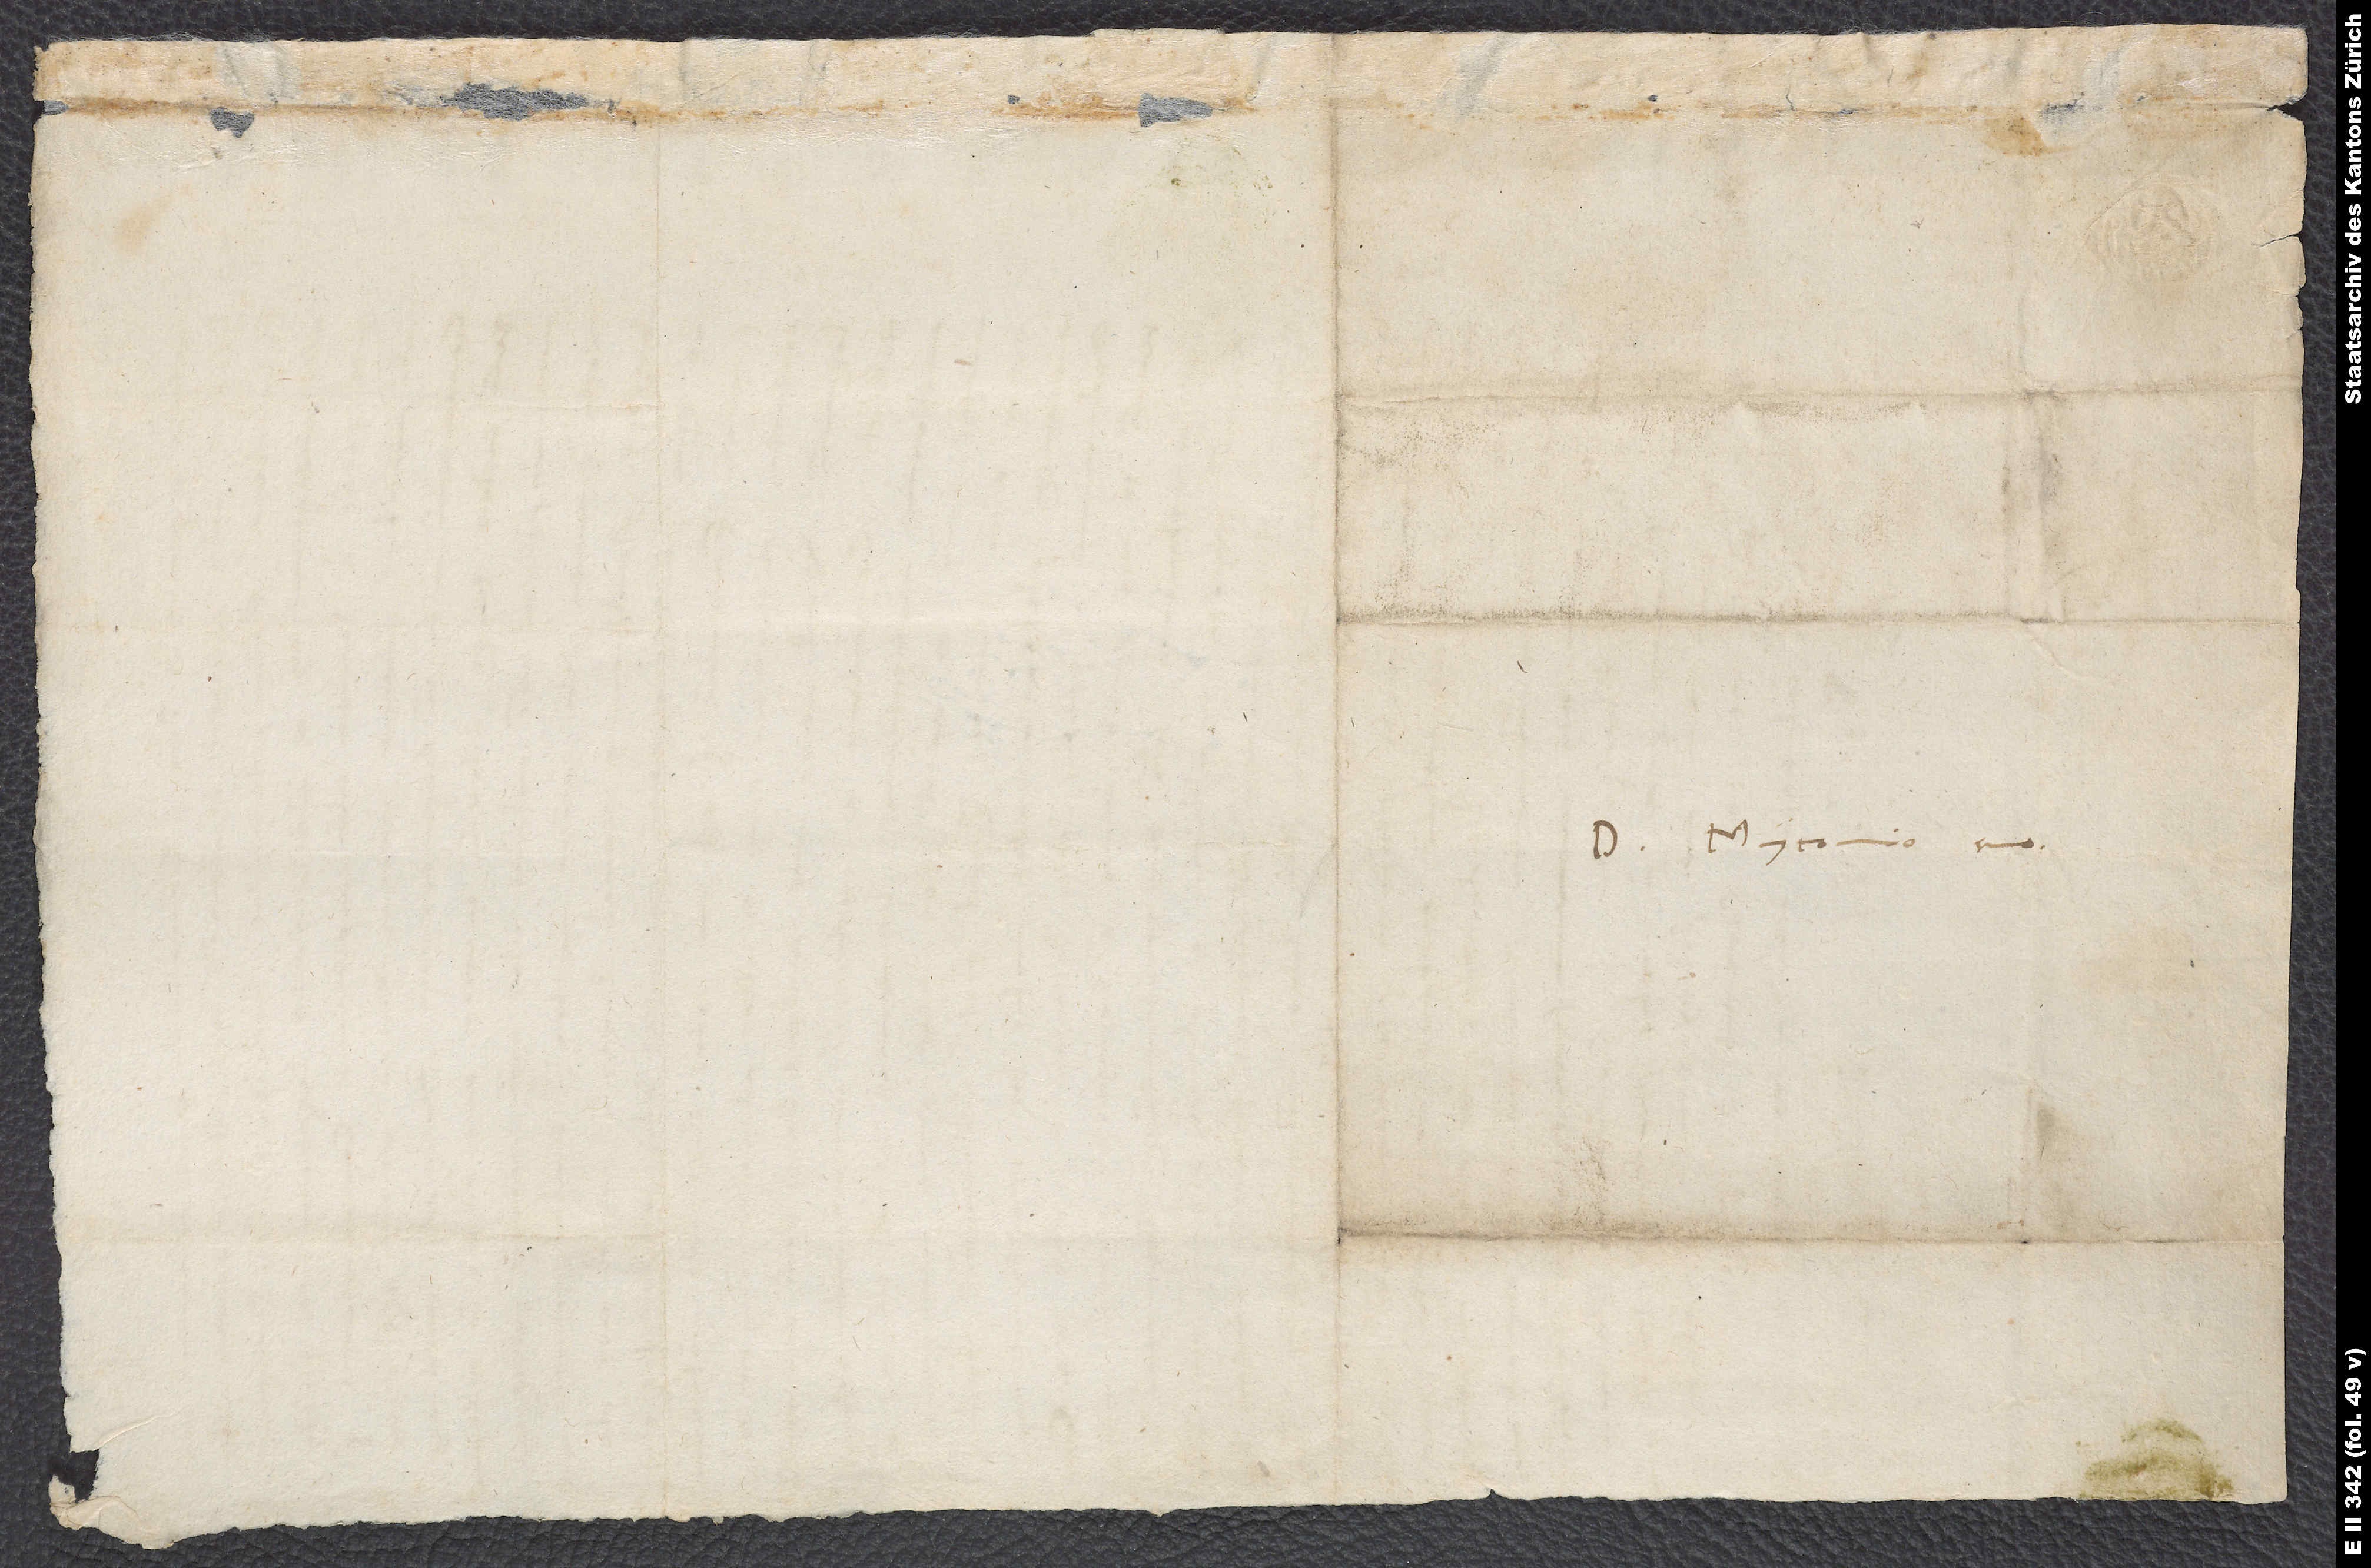
Domino Myconio suo.